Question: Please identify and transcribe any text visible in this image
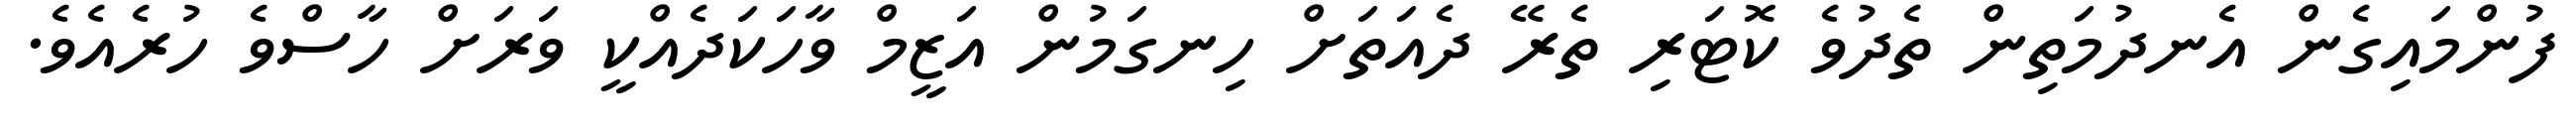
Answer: ފުންމައިގެން އެނދުމަތިން ތެދުވެ ކޮޓަރި ތެރޭ ދެއަތަށް ހިނގަމުން އަޒީމް ވާހަކަދެއްކީ ވަރަށް ހާސްވެ ހުރެއެވެ.